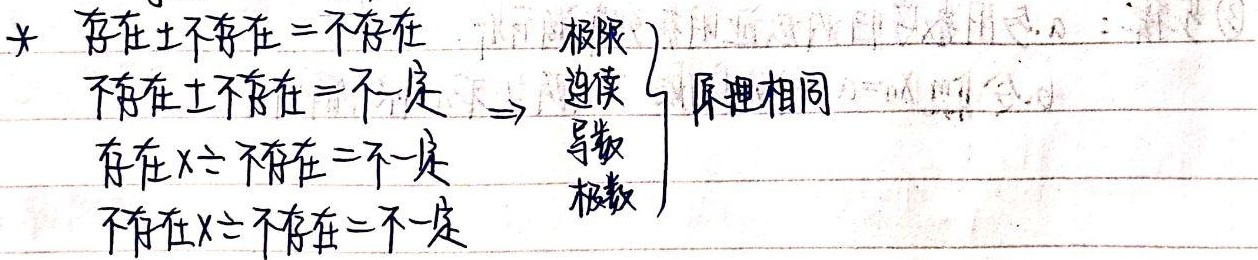
× 存在 ± 不存在 = 不存在
不存在 ± 不存在 = 不一定存在
× 不存在 = 不一定不存在
× 不存在 = 不一定

\(\left.\begin{array}{l}\text{极限}\\\text{迫敛}\\\text{导数}\\\text{级数}\end{array}\right\}\) 原理相同